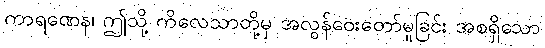
ကာရဏေန၊ ဤသို့ ကိလေသာတို့မှ အလွန်ဝေးတော်မူခြင်း အစရှိသော